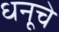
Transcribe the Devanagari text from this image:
धनूचे